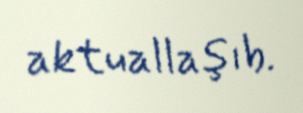
aktuallaşıb.